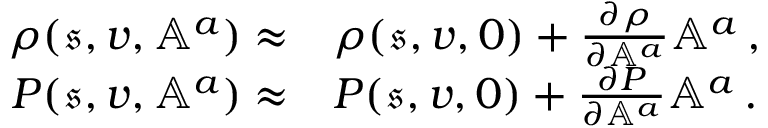
\begin{array} { r l } { \rho ( \mathfrak { s } , v , \mathbb { A } ^ { a } ) \approx } & { \rho ( \mathfrak { s } , v , 0 ) + \frac { \partial \rho } { \partial \mathbb { A } ^ { a } } \mathbb { A } ^ { a } \, , } \\ { P ( \mathfrak { s } , v , \mathbb { A } ^ { a } ) \approx } & { P ( \mathfrak { s } , v , 0 ) + \frac { \partial P } { \partial \mathbb { A } ^ { a } } \mathbb { A } ^ { a } \, . } \end{array}